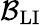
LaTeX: \mathcal{B}_{\textrm{LI}}